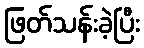
ဖြတ်သန်းခဲ့ပြီး